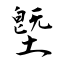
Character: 墍